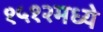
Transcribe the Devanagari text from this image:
१५१२मध्ये